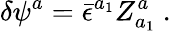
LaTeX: \delta\psi^{a}={\bar{\epsilon}}^{a_{1}}Z_{a_{1}}^{a}\ .